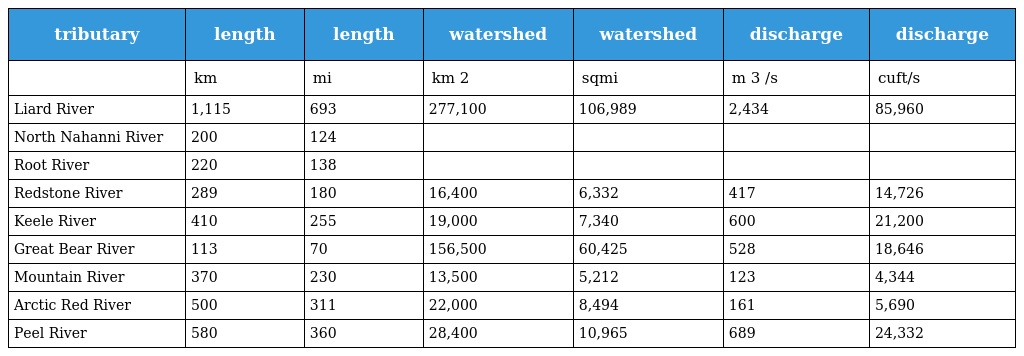
| tributary | length | length | watershed | watershed | discharge | discharge |
 | --- | --- | --- | --- | --- | --- | --- |
 |  | km | mi | km 2 | sqmi | m 3 /s | cuft/s |
 | Liard River | 1,115 | 693 | 277,100 | 106,989 | 2,434 | 85,960 |
 | North Nahanni River | 200 | 124 |  |  |  |  |
 | Root River | 220 | 138 |  |  |  |  |
 | Redstone River | 289 | 180 | 16,400 | 6,332 | 417 | 14,726 |
 | Keele River | 410 | 255 | 19,000 | 7,340 | 600 | 21,200 |
 | Great Bear River | 113 | 70 | 156,500 | 60,425 | 528 | 18,646 |
 | Mountain River | 370 | 230 | 13,500 | 5,212 | 123 | 4,344 |
 | Arctic Red River | 500 | 311 | 22,000 | 8,494 | 161 | 5,690 |
 | Peel River | 580 | 360 | 28,400 | 10,965 | 689 | 24,332 |